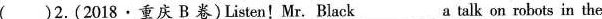
( )2.(2018·重庆 B卷)Listen!Mr. Black_ a talk on robots in the